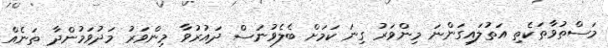
މަސްތުވާތަކެތި އަތުލައިގަންނަ މިންވަރު ގިނަ ކަމަށް ބެލެވުނަސް ދައުރުވާ މިންވަރު މަދުވަމުންދާ ތަނެއް